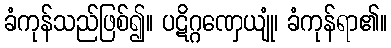
ခံကုန်သည်ဖြစ်၍။ ပဋိဂ္ဂဏှေယျုံ၊ ခံကုန်ရာ၏။